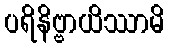
ပရိနိဗ္ဗာယိဿာမိ